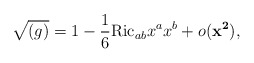
\begin{align*}\sqrt{(g)} = 1 - \frac{1}{6} \mathrm{Ric}_{ab} x^{a} x^{b} + o({\mathbf{x^{2}}}),\end{align*}